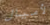
لأميال